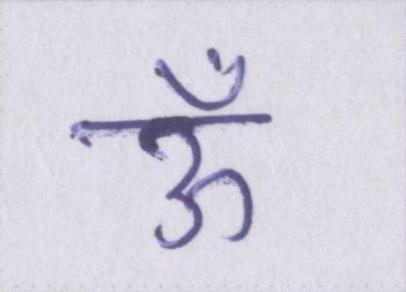
ऊँ